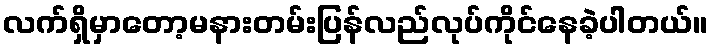
လက်ရှိမှာတော့မနားတမ်းပြန်လည်လုပ်ကိုင်နေခဲ့ပါတယ်။